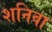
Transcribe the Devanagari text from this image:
शनिवा